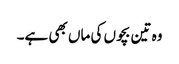
وہ تین بچوں کی ماں بھی ہے۔